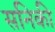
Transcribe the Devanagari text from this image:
सनिकी